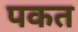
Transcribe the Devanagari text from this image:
पकत